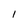
Character: I